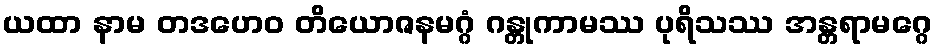
ယထာ နာမ တဒဟေဝ တိယောဇနမဂ္ဂံ ဂန္တုကာမဿ ပုရိသဿ အန္တရာမဂ္ဂေ